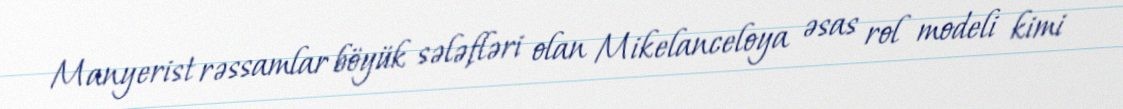
Manyerist rəssamlar böyük sələfləri olan Mikelanceloya əsas rol modeli kimi